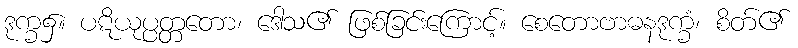
ဒုက္ခ၌။ ပဋိယုပ္ပတ္တတော၊ ဒေါသ၏ ဖြစ်ခြင်းကြောင့်။ စေတောဗာဓနဒုက္ခံ၊ စိတ်၏